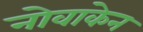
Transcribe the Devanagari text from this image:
नोवाकेन